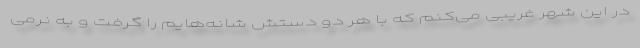
در این شهر غریبی می‌کنم که با هر دو دستش شانه‌هایم را گرفت و به نرمی